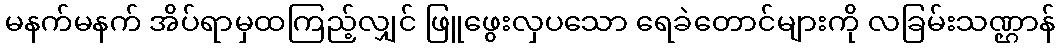
မနက်မနက် အိပ်ရာမှထကြည့်လျှင် ဖြူဖွေးလှပသော ရေခဲတောင်များကို လခြမ်းသဏ္ဌာန်